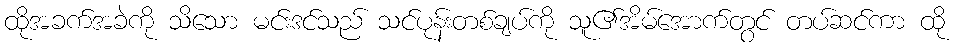
ထိုအခက်အခဲကို သိသော မင်းဒင်သည် သင်ပုန်းတစ်ချပ်ကို သူ၏အိမ်အောက်တွင် တပ်ဆင်ကာ ထို